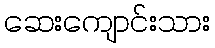
ဆေးကျောင်းသား